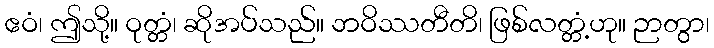
ဧဝံ၊ ဤသို့။ ဝုတ္တံ၊ ဆိုအပ်သည်။ ဘဝိဿတီတိ၊ ဖြစ်လတ္တံ့ဟု။ ဉာတွာ၊